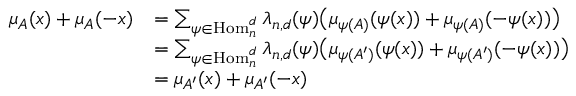
\begin{array} { r l } { \mu _ { A } ( x ) + \mu _ { A } ( - x ) } & { = \sum _ { \psi \in \ensuremath { \operatorname { H o m } } _ { n } ^ { d } } \lambda _ { n , d } ( \psi ) \big ( \mu _ { \psi ( A ) } ( \psi ( x ) ) + \mu _ { \psi ( A ) } ( - \psi ( x ) ) \big ) } \\ & { = \sum _ { \psi \in \ensuremath { \operatorname { H o m } } _ { n } ^ { d } } \lambda _ { n , d } ( \psi ) \big ( \mu _ { \psi ( A ^ { \prime } ) } ( \psi ( x ) ) + \mu _ { \psi ( A ^ { \prime } ) } ( - \psi ( x ) ) \big ) } \\ & { = \mu _ { A ^ { \prime } } ( x ) + \mu _ { A ^ { \prime } } ( - x ) } \end{array}